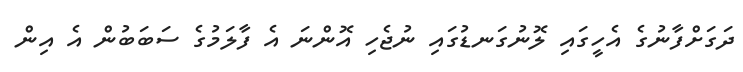
ދަގަށްފާނުގެ އެހީގައި ލޮނުގަނޑުގައި ނުޖެހި އޮންނަ އެ ފާލަމުގެ ސަބަބުން އެ އިން